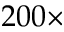
2 0 0 \times